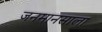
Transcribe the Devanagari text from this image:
जनमानसाला